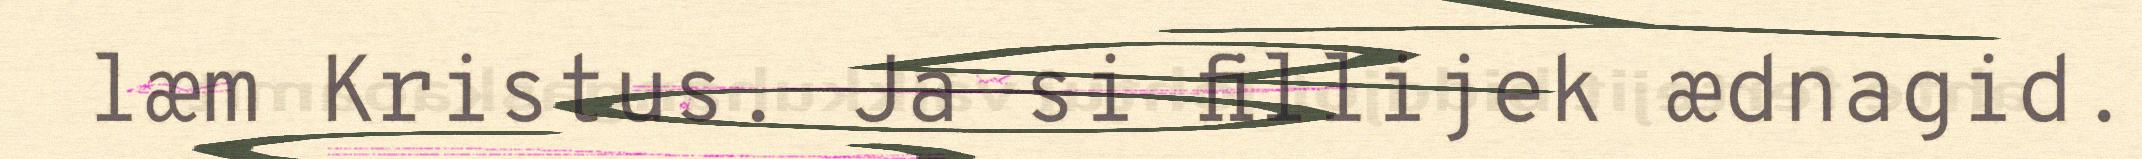
læm Kristus. Ja si fillijek ædnagid.